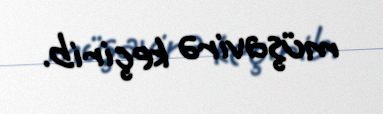
müşavirə keçirib.